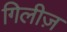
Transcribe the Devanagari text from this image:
गिलीज़